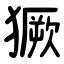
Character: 獗